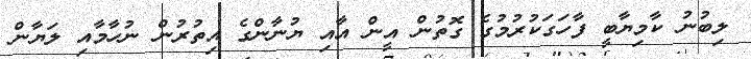
ލިބުނު ކާމިޔާބީ ފާހަގަކުރުމުގެ ގޮތުން އީން އާއި ޔުނާންގެ އިތުރުން ނުހާމާއި ލަޔާން